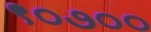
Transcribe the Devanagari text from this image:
९०७००